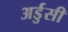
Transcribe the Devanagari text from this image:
अर्डुसी